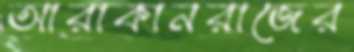
আরাকানরাজের